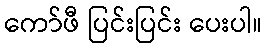
ကော်ဖီ ပြင်းပြင်း ပေးပါ။